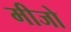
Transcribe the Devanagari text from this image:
मीजो